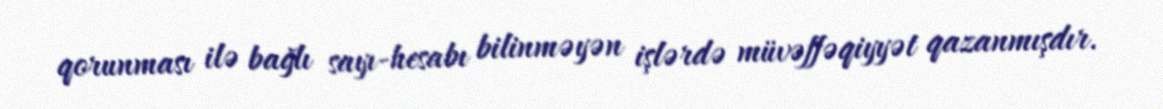
qorunması ilə bağlı sayı-hesabı bilinməyən işlərdə müvəffəqiyyət qazanmışdır.